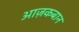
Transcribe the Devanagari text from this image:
आज़कबान